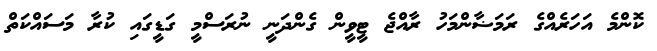
ކޮންމެ އަހަރެއްގެ ރަމަޟާންމަހު ރާއްޖެ ޓީވީން ގެންދަނީ ނުރަސްމީ ގަޑީގައި ކުރާ މަސައްކަތް